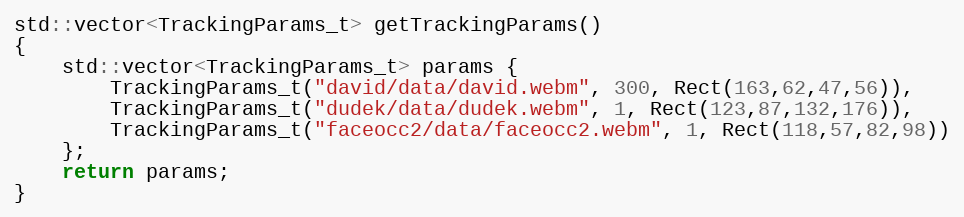
Language: C++
std::vector<TrackingParams_t> getTrackingParams()
{
    std::vector<TrackingParams_t> params {
        TrackingParams_t("david/data/david.webm", 300, Rect(163,62,47,56)),
        TrackingParams_t("dudek/data/dudek.webm", 1, Rect(123,87,132,176)),
        TrackingParams_t("faceocc2/data/faceocc2.webm", 1, Rect(118,57,82,98))
    };
    return params;
}